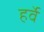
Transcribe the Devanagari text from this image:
हर्वे